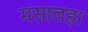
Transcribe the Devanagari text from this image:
मसालहा